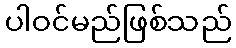
ပါဝင်မည်ဖြစ်သည်